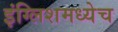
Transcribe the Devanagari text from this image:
इंग्लिशमध्येच